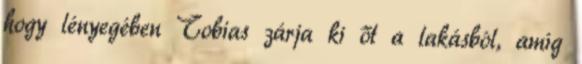
hogy lényegében Tobias zárja ki őt a lakásból, amíg